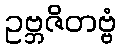
ဥဗ္ဘဇိတဗ္ဗံ